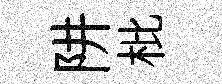
阱枇